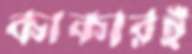
কাকারই